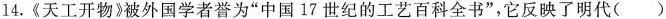
14.《天工开物》被外国学者誉为”中国17世纪的工艺百科全书”，它反映了明代()